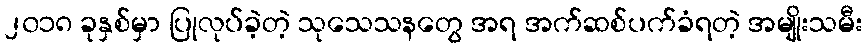
၂၀၁၈ ခုနှစ်မှာ ပြုလုပ်ခဲ့တဲ့ သုသေသနတွေ အရ အက်ဆစ်ပက်ခံရတဲ့ အမျိုးသမီး